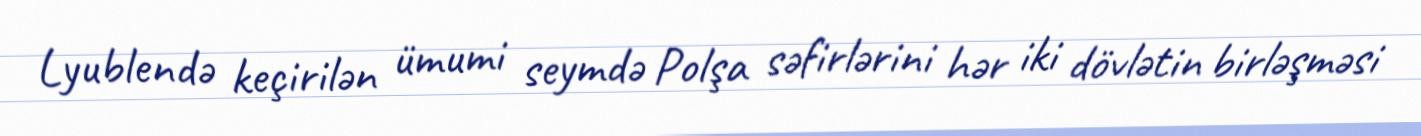
Lyublendə keçirilən ümumi seymdə Polşa səfirlərini hər iki dövlətin birləşməsi